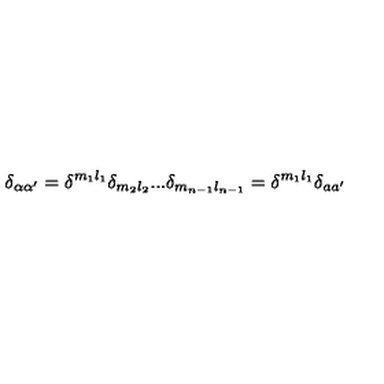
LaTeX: \delta _ { \alpha \alpha ^ { \prime } } = \delta ^ { m _ { 1 } l _ { 1 } } \delta _ { m _ { 2 } l _ { 2 } } . . . \delta _ { m _ { n - 1 } l _ { n - 1 } } = \delta ^ { m _ { 1 } l _ { 1 } } \delta _ { a a ^ { \prime } }